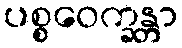
ပစ္စဝေက္ခန္တာ